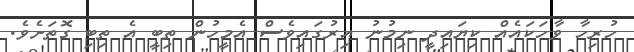
ހުރިހާ ވާހަކައެއް ކިޔައިދީ ނިމުނު އިރުގައިވެސް އެމީހުން ތިބީ އެ ތިބި ގޮތަށެވެ.